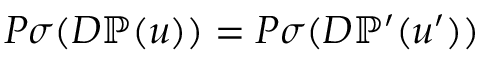
P \sigma ( D \mathbb { P } ( u ) ) = P \sigma ( D \mathbb { P } ^ { \prime } ( u ^ { \prime } ) )